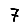
Digit: 7